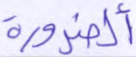
ألضرورة